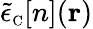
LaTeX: \tilde{\epsilon}_{\scriptscriptstyle\mathrm{C}}[n]({\mathbf r})